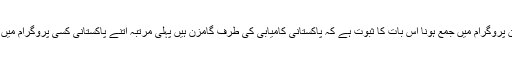
اتنی بڑی تعداد میں پاکستانیوں کا عید ملن پروگرام میں جمع ہونا اس بات کا ثبوت ہے کہ پاکستانی کامیابی کی طرف گامزن ہیں پہلی مرتبہ اتنے پاکستانی کسی پروگرام میں دیکھے گئے ہیں جو خوش آئند بات ہے۔